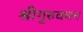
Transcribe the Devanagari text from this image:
श्रीगुरुवचन